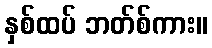
နှစ်ထပ် ဘတ်စ်ကား။